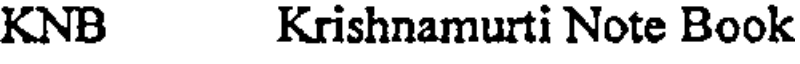
KNB Krishnamurti Note Book